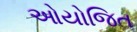
ઓયોજિત